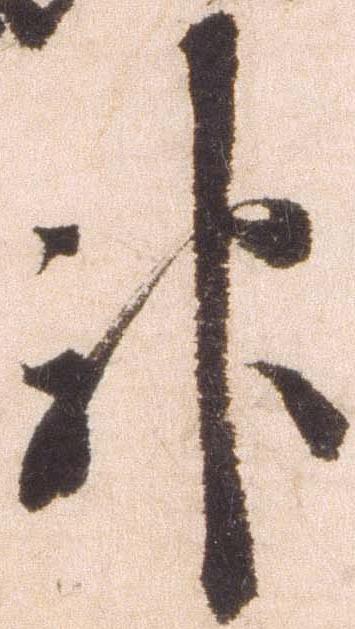
神